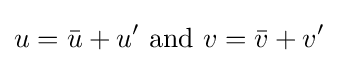
u={\bar {u}}+u'{\text{ and }}v={\bar {v}}+v'